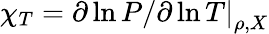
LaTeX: \chi_{T}=\left.\partial\ln P/\partial\ln T\right|_{\rho,X}